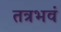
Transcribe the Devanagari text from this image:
तत्रभवं